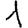
Digit: 1